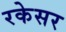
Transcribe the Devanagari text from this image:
रकेसर